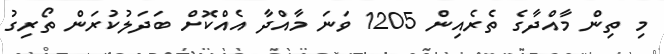
މި ތިން މާއްދާގެ ތެރެއިން 1205 ވަނަ މާއްދާ އެއްކޮށް ބަދަލުކުރަން ތޯރިގު